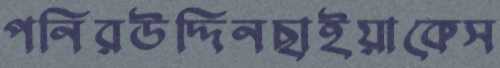
পনিরউদ্দিনছাইয়াকেস